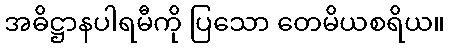
အဓိဋ္ဌာနပါရမီကို ပြသော တေမိယစရိယ။